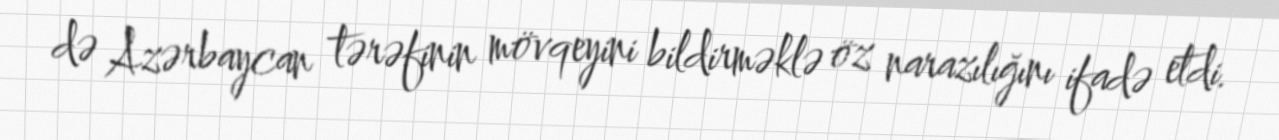
də Azərbaycan tərəfinin mövqeyini bildirməklə öz narazılığını ifadə etdi.